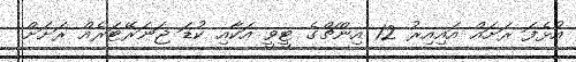
އުޅެފަ ރަށައް އައިއިރު 12 އިންޗްގެ ޓީވީ އަކާއި ކުޑަ ޖަނަރޭޓަރެއް ރަށަށް